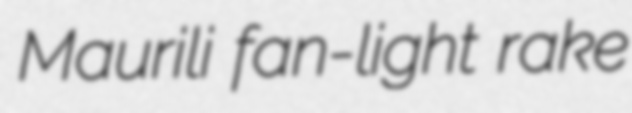
Maurili fan-light rake